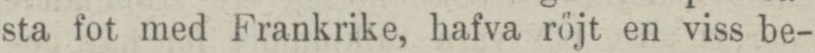
sta fot med Frankrike, hafva röjt en viss be-